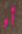
أو